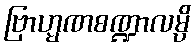
ဗြာဟ္မဏစဏ္ဍာလမ္ပိ